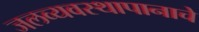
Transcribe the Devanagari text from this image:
जलव्यवस्थापानाचे